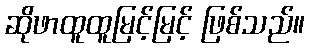
ဆိုဖာထူထူမြင့်မြင့် ဖြစ်သည်။